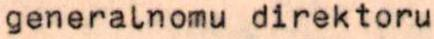
generalnomu direktoru